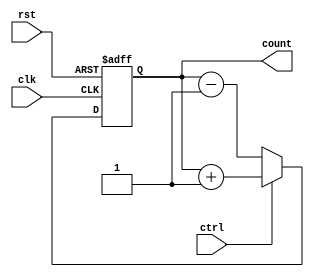
module gray_counter (
  input rst,
  input clk,
  input ctrl,
  output reg [3:0] count
);

always @(posedge clk or posedge rst) begin
  if (rst) begin
    count <= 4'b0000;
  end else begin
    if (ctrl) begin
      count <= count + 1;
    end else begin
      count <= count - 1;
    end
  end
end

endmodule